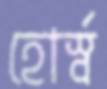
হোর্স্ব